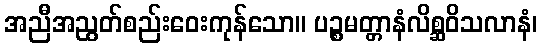
အညီအညွတ်စည်းဝေးကုန်သော။ ပဉ္စမတ္တာနံလိစ္ဆဝိသလာနံ၊